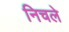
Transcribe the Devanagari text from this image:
निचले